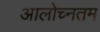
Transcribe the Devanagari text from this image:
आलोच्नतम